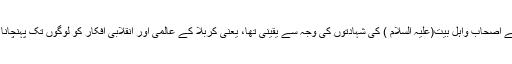
یہ درحقیقت اُس ہدف کے محقق ہونے کا ثبوت ہے جو امام حسین(علیہ السلام ) اور اُن کے اصحاب واہل بیت(علیہ السلام ) کی شہادتوں کی وجہ سے یقینی تها، یعنی کربلا کے عالمی اور انقلابی افکار کو لوگوں تک پہنچانا اور اُنہیں یہ طاقت و جرأت دینا کہ وہ ظلم کی آنکهوں میں آنکهیں ڈال کر بات کر سکیں۔